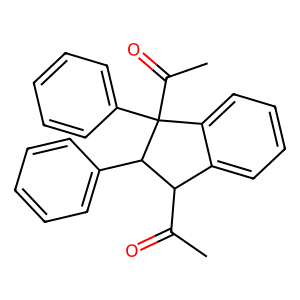
SMILES: CC(=O)C1c2ccccc2C(C(C)=O)(c2ccccc2)C1c1ccccc1
Inhibits HIV replication: No